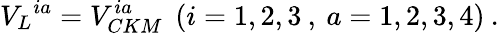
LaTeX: {V_{L}}^{ia}=V_{CKM}^{ia}\: \: (i=1,2,3\: ,\: a=1,2,3,4)\: .